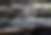
ব